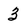
Character: 3